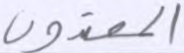
المعتدون